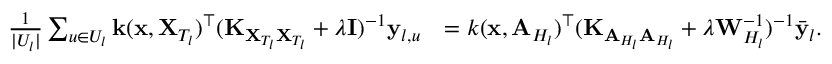
\begin{array} { r l } { \frac { 1 } { | U _ { l } | } \sum _ { u \in U _ { l } } \mathbf { k } ( \mathbf { x } , \mathbf { X } _ { T _ { l } } ) ^ { \top } ( \mathbf { K } _ { \mathbf { X } _ { T _ { l } } \mathbf { X } _ { T _ { l } } } + \lambda \mathbf { I } ) ^ { - 1 } \mathbf { y } _ { l , u } } & { = k ( \mathbf { x } , \mathbf { A } _ { H _ { l } } ) ^ { \top } ( \mathbf { K } _ { \mathbf { A } _ { H _ { l } } \mathbf { A } _ { H _ { l } } } + \lambda \mathbf { W } _ { H _ { l } } ^ { - 1 } ) ^ { - 1 } \bar { \mathbf { y } } _ { l } . } \end{array}